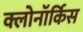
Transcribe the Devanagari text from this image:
क्लोनॉर्किस